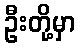
ဦးတို့မှာ